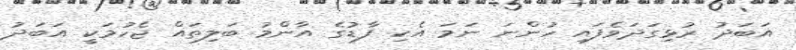
އަބަދު ރުޅިގަދަވެފައި ހުންނަ ނަމަ އެކި ފާޑުގެ އާންމު ބަލިތައް ޖެހުމަކީ އަބަދު